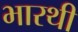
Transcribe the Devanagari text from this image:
भारथी